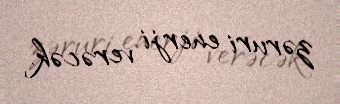
zəruri enerji verəcək.